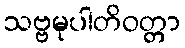
သဗ္ဗမုပါတိဝတ္တာ